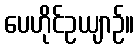
ပေဟိုင်ဥယျာဉ်။